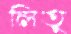
লিতু